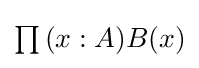
{\textstyle \prod {(x:A)}B(x)}